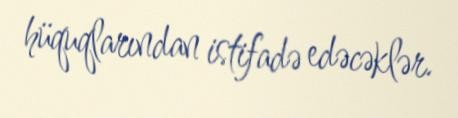
hüquqlarından istifadə edəcəklər.